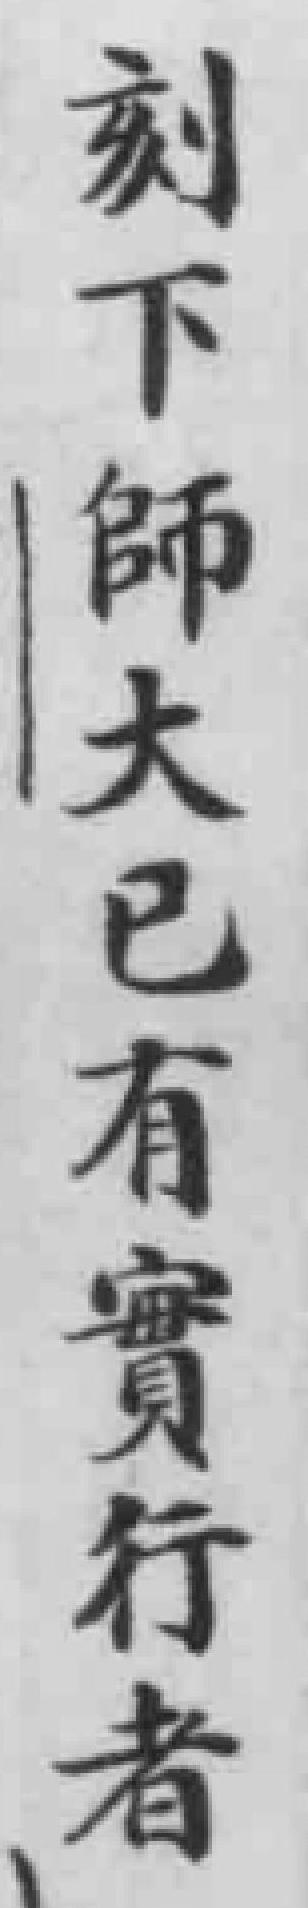
刻下師大已有實行者